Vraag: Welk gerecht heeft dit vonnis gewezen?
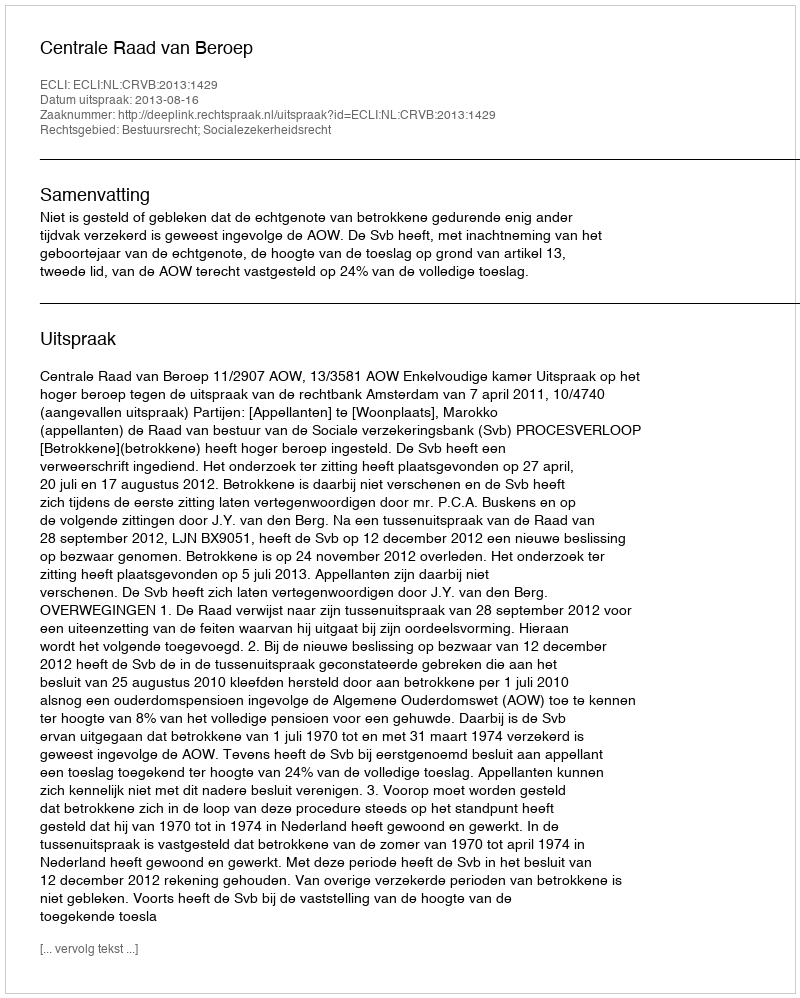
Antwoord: Centrale Raad van Beroep